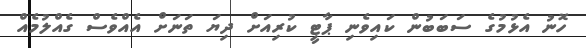
ހޮނު އެޅުމުގެ ސަބަބުން ކައިވެނި ޕާޓީ ކުރިއަށް ދިޔަ ތަނަށް އެއްވެސް ގެއްލުމެއް